Civil Veterinary Dept. Bombay admin report 1900-1906 - 1900-1906
Year: 1900
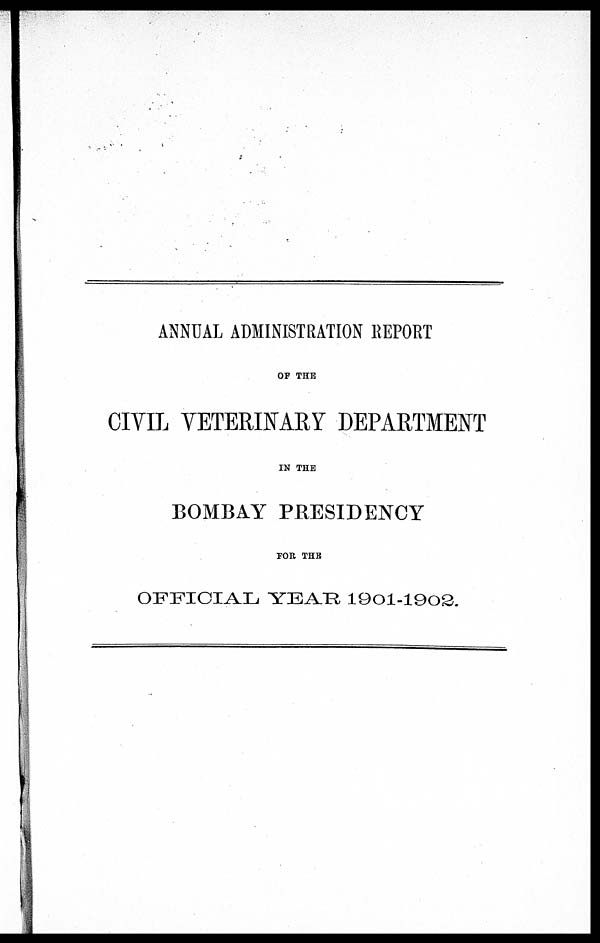
ANNUAL ADMINISTRATION REPORT
OF THE
CIVIL VETERINARY DEPARTMENT
IN THE
BOMBAY PRESIDENCY
FOR THE
OFFICIAL YEAR 1901-1902.